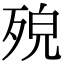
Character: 𣨆